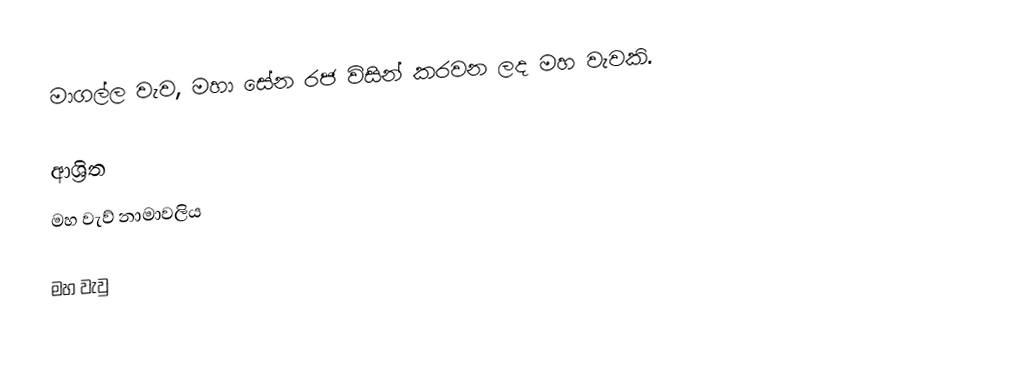
මාගල්ල වැව, මහා සේන රජ විසින් කරවන ලද මහ වැවකි.

ආශ්‍රිත
 මහ වැව් නාමාවලිය

මහ වැවු